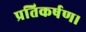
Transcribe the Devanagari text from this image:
प्रतिकर्षण।